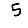
Digit: 5